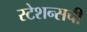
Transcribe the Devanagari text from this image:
स्टेशन्सची